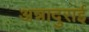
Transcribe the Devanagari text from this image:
अन्नादुराई